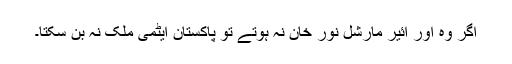
اگر وہ اور ائیر مارشل نور خان نہ ہوتے تو پاکستان ایٹمی ملک نہ بن سکتا۔